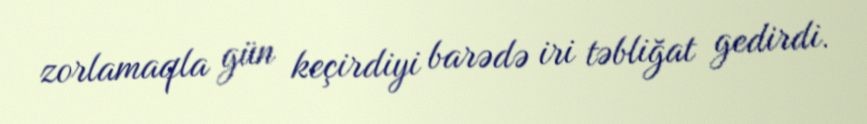
zorlamaqla gün keçirdiyi barədə iri təbliğat gedirdi.